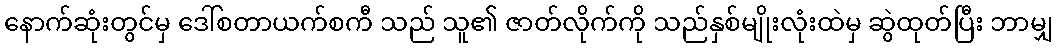
နောက်ဆုံးတွင်မှ ဒေါ်စတာယက်စကီ သည် သူ၏ ဇာတ်လိုက်ကို သည်နှစ်မျိုးလုံးထဲမှ ဆွဲထုတ်ပြီး ဘာမျှ